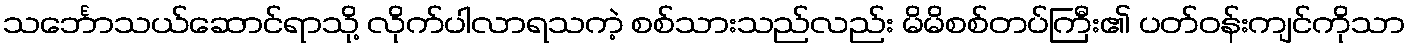
သင်္ဘောသယ်ဆောင်ရာသို့ လိုက်ပါလာရသကဲ့ စစ်သားသည်လည်း မိမိစစ်တပ်ကြီး၏ ပတ်ဝန်းကျင်ကိုသာ